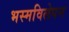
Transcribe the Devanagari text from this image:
भस्मविलेपन